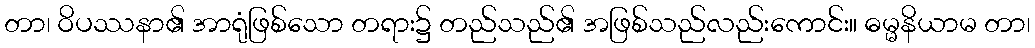
တာ၊ ဝိပဿနာ၏ အာရုံဖြစ်သော တရား၌ တည်သည်၏ အဖြစ်သည်လည်းကောင်း။ ဓမ္မနိယာမ တာ၊